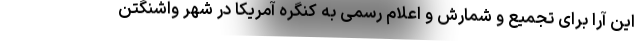
این آرا برای تجمیع و شمارش و اعلام رسمی به کنگره آمریکا در شهر واشنگتن